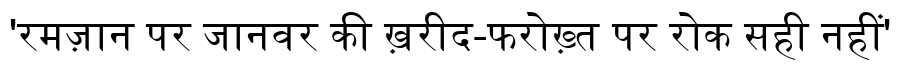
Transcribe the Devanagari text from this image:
'रमज़ान पर जानवर की ख़रीद-फरोख़्त पर रोक सही नहीं'